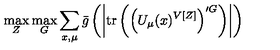
\max _ { Z } \max _ { G } \sum _ { x , \mu } \bar { g } \left( \left| \mathrm { t r } \left( \left( U _ { \mu } ( x ) ^ { V [ Z ] } \right) ^ { \prime G } \right) \right| \right)